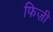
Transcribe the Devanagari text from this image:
फिज़ी